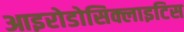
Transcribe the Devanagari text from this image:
आइरोडोसिक्लाइटिस